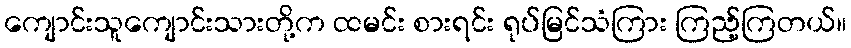
ကျောင်းသူကျောင်းသားတို့က ထမင်း စားရင်း ရုပ်မြင်သံကြား ကြည့်ကြတယ်။